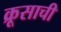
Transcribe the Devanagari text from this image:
क्रूसाची